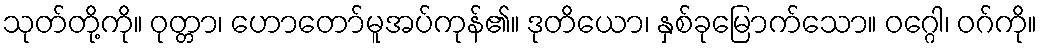
သုတ်တို့ကို။ ဝုတ္တာ၊ ဟောတော်မူအပ်ကုန်၏။ ဒုတိယော၊ နှစ်ခုမြောက်သော။ ဝဂ္ဂေါ၊ ဝဂ်ကို။